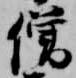
僧